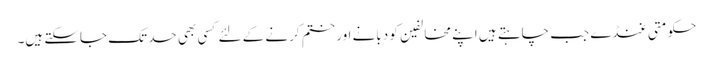
حکومتی غنڈے جب چاہتے ہیں اپنے مخالفین کو دبانے اور ختم کرنے کے لئے کسی بھی حد تک جاسکتے ہیں۔